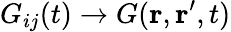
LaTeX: G_{ij}(t)\rightarrow G(\mathbf{r},\mathbf{r}^{\prime},t)